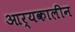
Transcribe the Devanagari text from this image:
आर्यकालीन